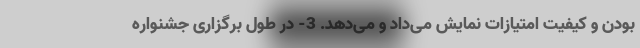
بودن و کیفیت امتیازات نمایش می‌داد و می‌دهد. 3- در طول برگزاری جشنواره